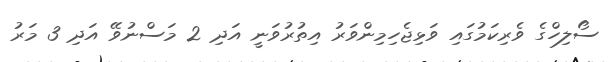
ސޯލިހްގެ ވެރިކަމުގައި ވަޅިޖެހިމިންވަރު އިތުރުވަނީ އަދި 2 މަސްނުވޭ އަދި 3 މަރު